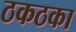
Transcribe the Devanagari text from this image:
ठकठका